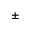
\pm